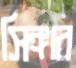
সিঙ্গার